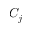
C _ { j }